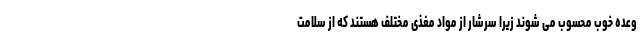
وعده خوب محسوب می شوند زیرا سرشار از مواد مغذی مختلف هستند که از سلامت